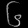
Digit: ၆